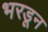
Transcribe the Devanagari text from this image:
भरडून